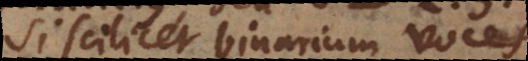
si scilicet binarium voces,